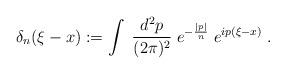
LaTeX: \begin{align*}\delta_n(\xi-x) :=\int \; \frac{d^2 p}{(2 \pi)^2} \; e^{ - \frac{|p|}{n} } \; e^{ip(\xi-x)} \; .\end{align*}